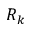
R _ { k }